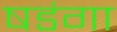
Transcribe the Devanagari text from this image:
षडंगा